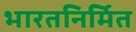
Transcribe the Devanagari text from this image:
भारतनिर्मित